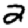
Digit: 2